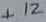
Text: +12